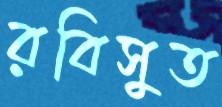
রবিসুত